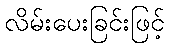
လိမ်းပေးခြင်းဖြင့်